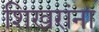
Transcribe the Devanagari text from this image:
शिखरांना